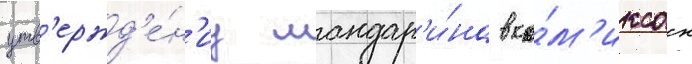
утв'ержд'е́н'иу мандар'и́на в ко́м'иксах